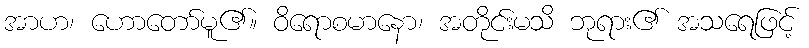
အာဟ၊ ဟောတော်မူ၏။ ဝိရောစမာနော၊ အတိုင်းမသိ ဘုရား၏ အသရေဖြင့်